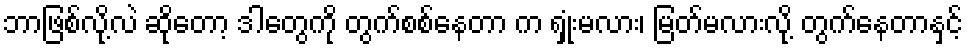
ဘာဖြစ်လို့လဲ ဆိုတော့ ဒါတွေကို တွက်စစ်နေတာ က ရှုံးမလား၊ မြတ်မလားလို့ တွက်နေတာနှင့်